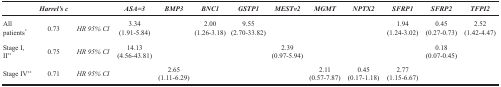
|  | Harrel’s c |  | ASA=3 | BMP3 | BNC1 | GSTP1 | MESTv2 | MGMT | NPTX2 | SFRP1 | SFRP2 | TFPI2 |
 | --- | --- | --- | --- | --- | --- | --- | --- | --- | --- | --- | --- | --- |
 | All patients* | 0.73 | HR 95% CI | 3.34(1.91-5.84) |  | 2.00(1.26-3.18) | 9.55(2.70-33.82) |  |  |  | 1.94(1.24-3.02) | 0.45(0.27-0.73) | 2.52(1.42-4.47) |
 | Stage I, II** | 0.75 | HR 95% CI | 14.13(4.56-43.81) |  |  |  | 2.39(0.97-5.94) |  |  |  | 0.18(0.07-0.45) |  |
 | Stage IV** | 0.71 | HR 95% CI |  | 2.65(1.11-6.29) |  |  |  | 2.11(0.57-7.87) | 0.45(0.17-1.18) | 2.77(1.15-6.67) |  |  |